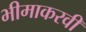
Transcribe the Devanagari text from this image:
भीमाकरवी